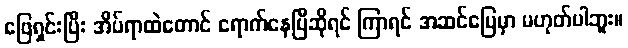
ဖြေရှင်းပြီး အိပ်ရာထဲတောင် ရောက်နေပြီဆိုရင် ကြာရင် အဆင်ပြေမှာ မဟုတ်ပါဘူး။